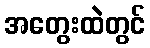
အတွေးထဲတွင်